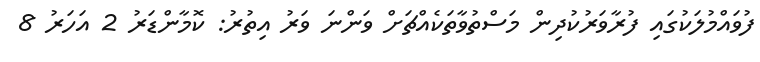
ފުވައްމުލަކުގައި ފުރާވަރުކުދިން މަސްތުވާތަކެއްޗަށް ވަންނަ ވަރު އިތުރު: ކޮމާންޑަރު 2 އަހަރު 8